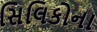
સિલિકોના